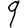
Digit: 9